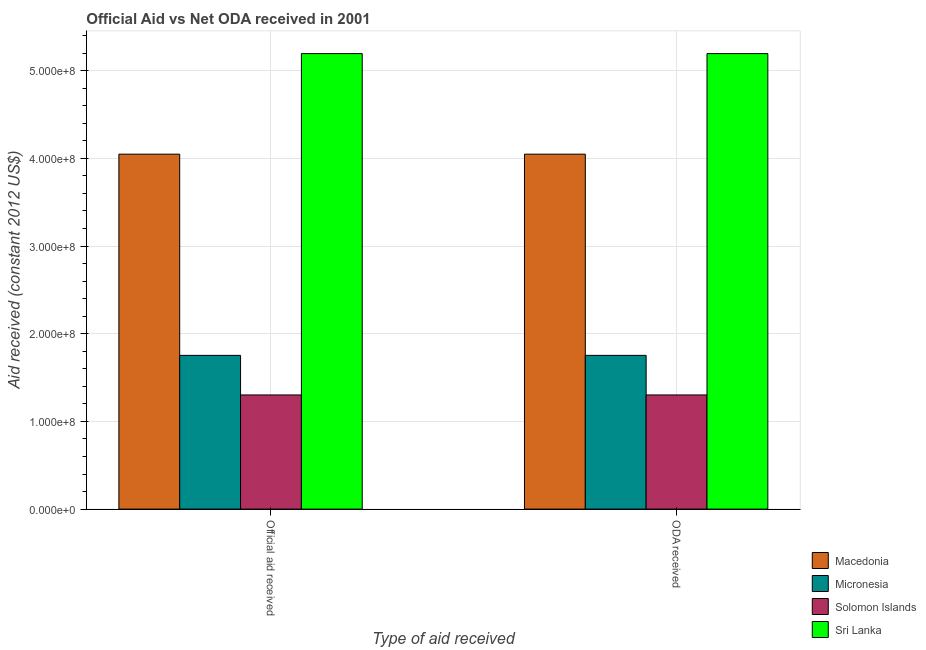
| Type of aid received | Macedonia | Micronesia | Solomon Islands | Sri Lanka |
 | --- | --- | --- | --- | --- |
 | Official aid received | 4.05e+08 | 1.75e+08 | 1.3e+08 | 5.2e+08 |
 | ODA received | 4.05e+08 | 1.75e+08 | 1.3e+08 | 5.2e+08 |